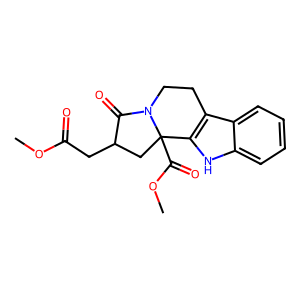
SMILES: COC(=O)CC1CC2(C(=O)OC)c3[nH]c4ccccc4c3CCN2C1=O
Inhibits HIV replication: No